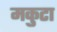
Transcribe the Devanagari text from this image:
मकुटा